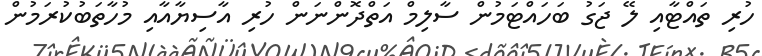
ހުރި ތައްޓާއި ލޭ ޖަގު ބަހައްޓަމުން ސާލިމް އަތްދޮންނަން ހުރި އާސިޔާއާއި މުހާތަބުކުރަމުން